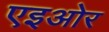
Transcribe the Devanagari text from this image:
एइओर